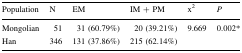
| Population | N | EM | IM + PM | x2 | P |
 | --- | --- | --- | --- | --- | --- |
 | Mongolian | 51 | 31 (60.79%) | 20 (39.21%) | 9.669 | 0.002* |
 | Han | 346 | 131 (37.86%) | 215 (62.14%) |  |  |